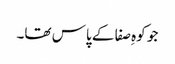
جو کوہِ صفا کے پاس تھا۔